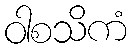
ဝါစသိကံ